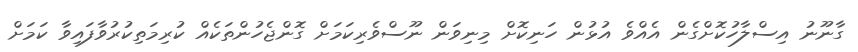
ގާނޫނު އިސްލާހުކޮށްގެން އެއްވެ އުޅުން ހަނިކޮށް މިނިވަން ނޫސްވެެރިކަމަށް ގޮންޖެހުންތަކެއް ކުރިމަތިކުރުވާފައިވާ ކަމަށް